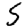
Digit: 5